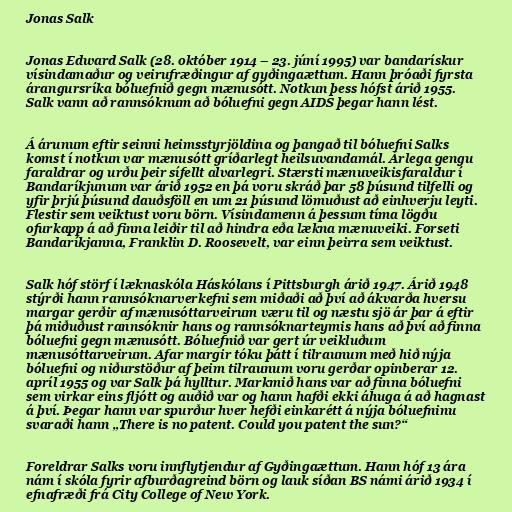
Jonas Salk

Jonas Edward Salk (28. október 1914 – 23. júní 1995) var bandarískur
vísindamaður og veirufræðingur af gyðingaættum. Hann þróaði fyrsta
árangursríka bóluefnið gegn mænusótt. Notkun þess hófst árið 1955.
Salk vann að rannsóknum að bóluefni gegn AIDS þegar hann lést.

Á árunum eftir seinni heimsstyrjöldina og þangað til bóluefni Salks
komst í notkun var mænusótt gríðarlegt heilsuvandamál. Árlega gengu
faraldrar og urðu þeir sífellt alvarlegri. Stærsti mænuveikisfaraldur í
Bandaríkjunum var árið 1952 en þá voru skráð þar 58 þúsund tilfelli og
yfir þrjú þúsund dauðsföll en um 21 þúsund lömuðust að einhverju leyti.
Flestir sem veiktust voru börn. Vísindamenn á þessum tíma lögðu
ofurkapp á að finna leiðir til að hindra eða lækna mænuveiki. Forseti
Bandaríkjanna, Franklin D. Roosevelt, var einn þeirra sem veiktust.

Salk hóf störf í læknaskóla Háskólans í Pittsburgh árið 1947. Árið 1948
stýrði hann rannsóknarverkefni sem miðaði að því að ákvarða hversu
margar gerðir af mænusóttarveirum væru til og næstu sjö ár þar á eftir
þá miðuðust rannsóknir hans og rannsóknarteymis hans að því að finna
bóluefni gegn mænusótt. Bóluefnið var gert úr veikluðum
mænusóttarveirum. Afar margir tóku þátt í tilraunum með hið nýja
bóluefni og niðurstöður af þeim tilraunum voru gerðar opinberar 12.
apríl 1955 og var Salk þá hylltur. Markmið hans var að finna bóluefni
sem virkar eins fljótt og auðið var og hann hafði ekki áhuga á að hagnast
á því. Þegar hann var spurður hver hefði einkarétt á nýja bóluefninu
svaraði hann „There is no patent. Could you patent the sun?“

Foreldrar Salks voru innflytjendur af Gyðingaættum. Hann hóf 13 ára
nám í skóla fyrir afburðagreind börn og lauk síðan BS námi árið 1934 í
efnafræði frá City College of New York.